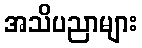
အသိပညာများ